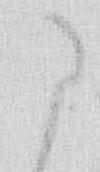
に